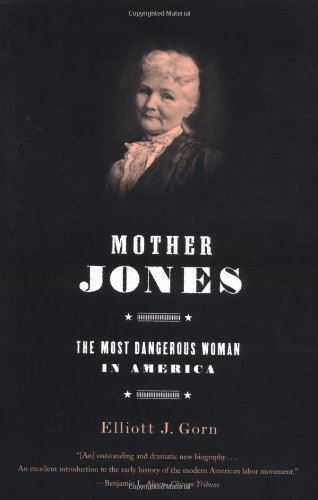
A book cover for Mother Jones: The Most Dangerous Woman in America; Elliott J. Gorn; Biographies & Memoirs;